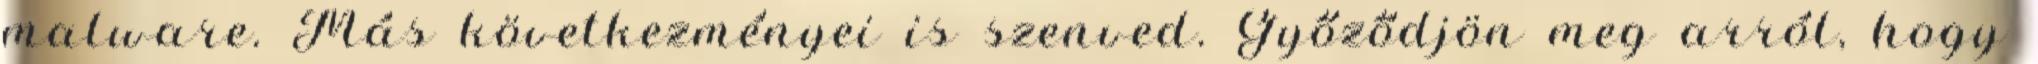
malware. Más következményei is szenved. Győződjön meg arról, hogy